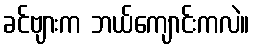
ခင်ဗျားက ဘယ်ကျောင်းကလဲ။